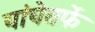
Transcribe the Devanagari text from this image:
यांचेतर्फे